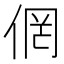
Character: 𱎴